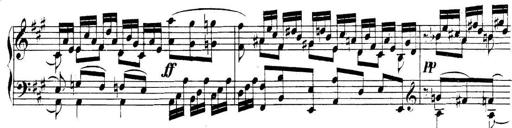
Title: Collected Piano Sonatas
Composer: Muzio Clementi